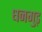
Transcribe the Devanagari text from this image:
धनगुड़